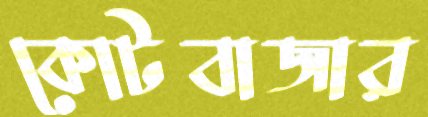
কোটবাজার